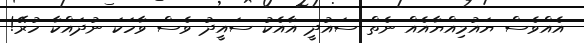
އެއްވެސް ޔައުމިއްޔާއެއް ނެތް ސައުދީ އާއެކު ސައީދު ވެސް ވާހަކަ ނުދައްކާ ހުރޭ!